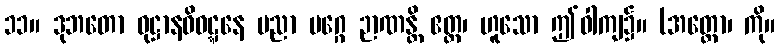
၁၁။ ဒုဘတော ဝုဋ္ဌာနဝိဝဋ္ဋနေ ပညာ မဂ္ဂေ ဉာဏန္တိ ဧတ္ထ၊ ဟူသော ဤဝါကျ၌။ (အတ္ထော၊ ကို။